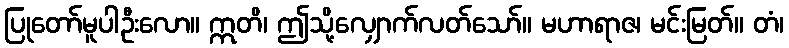
ပြုတော်မူပါဦးလော။ ဣတိ၊ ဤသို့လျှောက်လတ်သော်။ မဟာရာဇ၊ မင်းမြတ်။ တံ၊